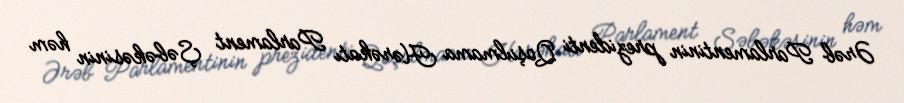
Ərəb Parlamentinin prezidenti Qoşulmama Hərəkatı Parlament Şəbəkəsinin həm